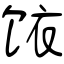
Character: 饻